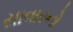
સાવારનો